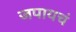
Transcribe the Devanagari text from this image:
जपायचं